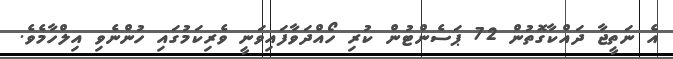
އެ ނަތީޖާ ދައްކާގޮތުން 72 ޕަސެންޓުން ކުރި ހޯއްދަވާފައިވަނީ ވެރިކަމުގައި ހުންނެވި އިލްހާމެވެ.